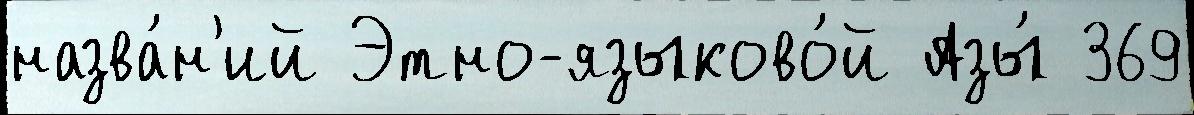
назва́н'ий Этно-языково́й Азы́ 369